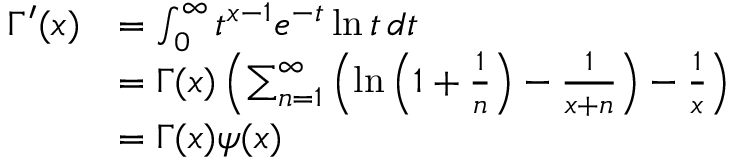
{ \begin{array} { r l } { \Gamma ^ { \prime } ( x ) } & { = \int _ { 0 } ^ { \infty } t ^ { x - 1 } e ^ { - t } \ln t \, d t } \\ & { = \Gamma ( x ) \left( \sum _ { n = 1 } ^ { \infty } \left( \ln \left( 1 + { \frac { 1 } { n } } \right) - { \frac { 1 } { x + n } } \right) - { \frac { 1 } { x } } \right) } \\ & { = \Gamma ( x ) \psi ( x ) } \end{array} }